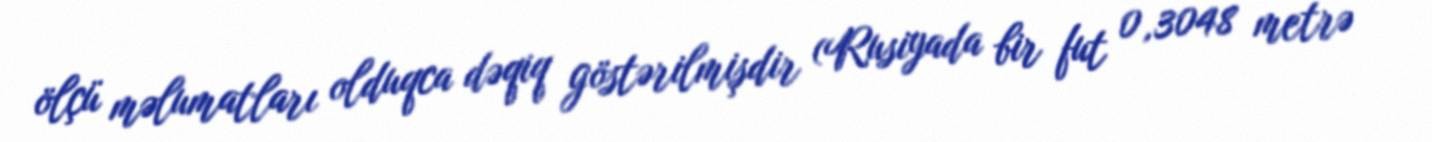
ölçü məlumatları olduqca dəqiq göstərilmişdir (Rusiyada bir fut 0,3048 metrə